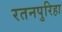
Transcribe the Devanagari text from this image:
रतनपुरिहा